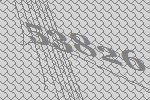
53826